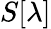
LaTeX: S[\lambda]